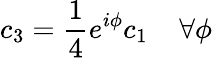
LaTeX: c_{3}=\frac{1}{4}e^{i\phi}c_{1}\; \; \; \; \forall\phi